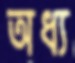
অধ্য